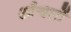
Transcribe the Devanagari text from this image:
आँचलों